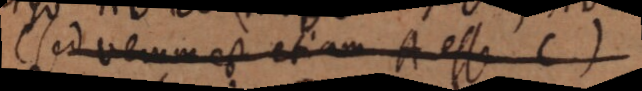
(sed verum est etiam A esse B).